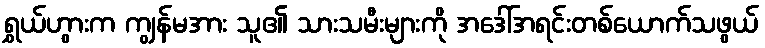
ရွှယ်ဟွားက ကျွန်မအား သူ၏ သားသမီးများကို အဒေါ်အရင်းတစ်ယောက်သဖွယ်